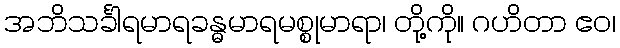
အဘိသင်္ခါရမာရခန္ဓမာရမစ္စုမာရာ၊ တို့ကို။ ဂဟိတာ ဧဝ၊